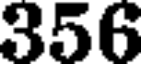
356